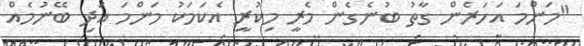
"މަންމަ އަހަރެން ގާތު ބުނެގެން މެރީ މިކުރީ އެކަމަކު މަންމަ އަދި ބޭނުމެއް